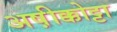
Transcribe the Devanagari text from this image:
अष़ीक्कोट्टा